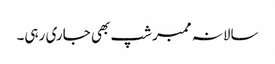
سالانہ ممبر شپ بھی جاری رہی۔